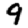
Digit: 9